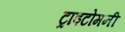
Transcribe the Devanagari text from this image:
ट्राइटोमनी